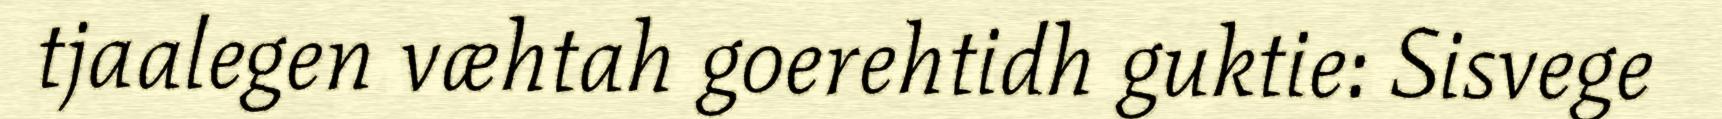
tjaalegen væhtah goerehtidh guktie: Sisvege